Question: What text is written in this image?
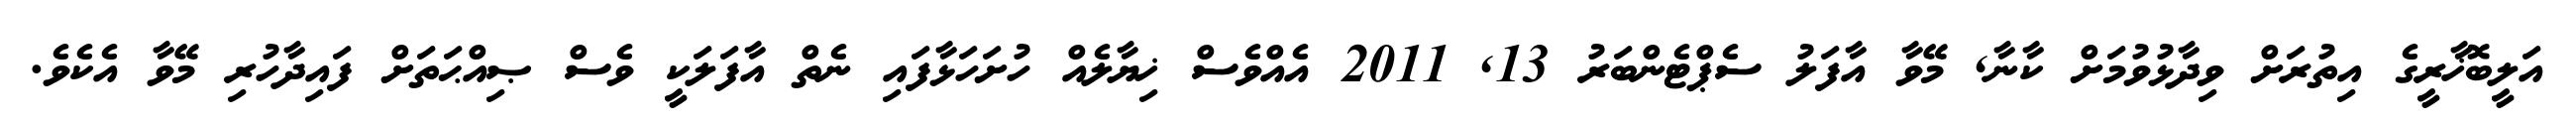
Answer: އަލީބޮޚާރީގެ އިތުރަށް ވިދާޅުވުމަށް ކާނާ, މޭވާ އާފަލު ސެޕްޓެންބަރު 13, 2011 އެއްވެސް ޚިޔާލެއް ހުށަހަޅާފައި ނެތް އާފަލަކީ ވެސް ޞިއްޙަތަށް ފައިދާހުރި މޭވާ އެކެވެ.